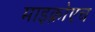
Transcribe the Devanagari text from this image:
माइक्रोएच